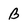
Character: B